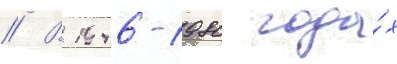
// В 1946-1980 года́х